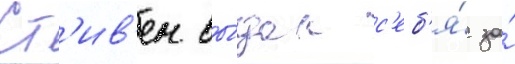
Ст'ив'ен вы́дал с'еб'я́ за́